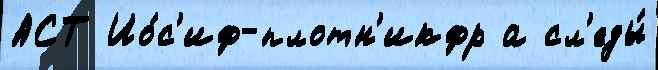
АСТ Ио́с'иф-плотн'икфр а сл'еды́